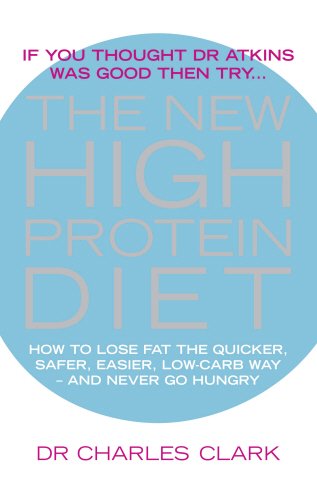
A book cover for The New High Protein Diet: How to Lose Fat the Quicker, Safer, Easier, Low-Carb Way-And Never Go Hungry; Dr. Dr. Charles Clark; Cookbooks, Food & Wine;